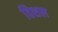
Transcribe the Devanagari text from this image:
विशल